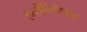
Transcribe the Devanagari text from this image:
हत्येविरोधात